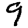
Digit: 9